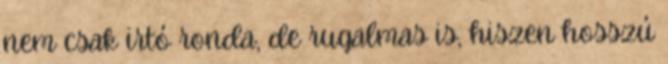
nem csak irtó ronda, de rugalmas is, hiszen hosszú